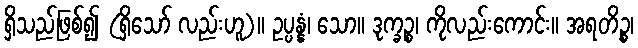
ရှိသည်ဖြစ်၍ (ရှိသော် လည်းဟူ)။ ဥပ္ပန္နံ၊ သော။ ဒုက္ခဉ္စ၊ ကိုလည်းကောင်း။ အရတိဉ္စ၊